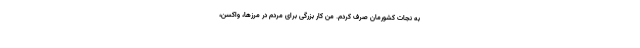
به نجات کشورمان صرف کردم. من کار بزرگی برای مردم در مرزها، واکسن،